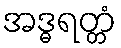
အဒ္ဓရတ္တံ